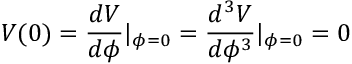
V ( 0 ) = \frac { d V } { d \phi } | _ { \phi = 0 } = \frac { d ^ { 3 } V } { d \phi ^ { 3 } } | _ { \phi = 0 } = 0